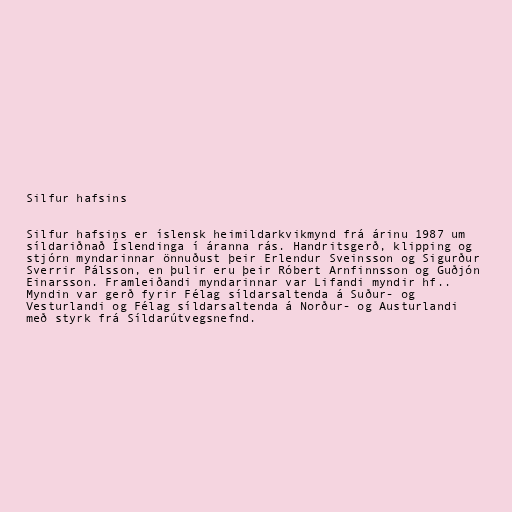
Silfur hafsins

Silfur hafsins er íslensk heimildarkvikmynd frá árinu 1987 um
síldariðnað Íslendinga í áranna rás. Handritsgerð, klipping og
stjórn myndarinnar önnuðust þeir Erlendur Sveinsson og Sigurður
Sverrir Pálsson, en þulir eru þeir Róbert Arnfinnsson og Guðjón
Einarsson. Framleiðandi myndarinnar var Lifandi myndir hf..
Myndin var gerð fyrir Félag síldarsaltenda á Suður- og
Vesturlandi og Félag síldarsaltenda á Norður- og Austurlandi
með styrk frá Síldarútvegsnefnd.